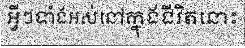
អ្វីៗទាំងអស់នៅក្នុងជីវិតនោះ